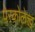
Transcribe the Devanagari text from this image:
पेरकोलेत्त्द्